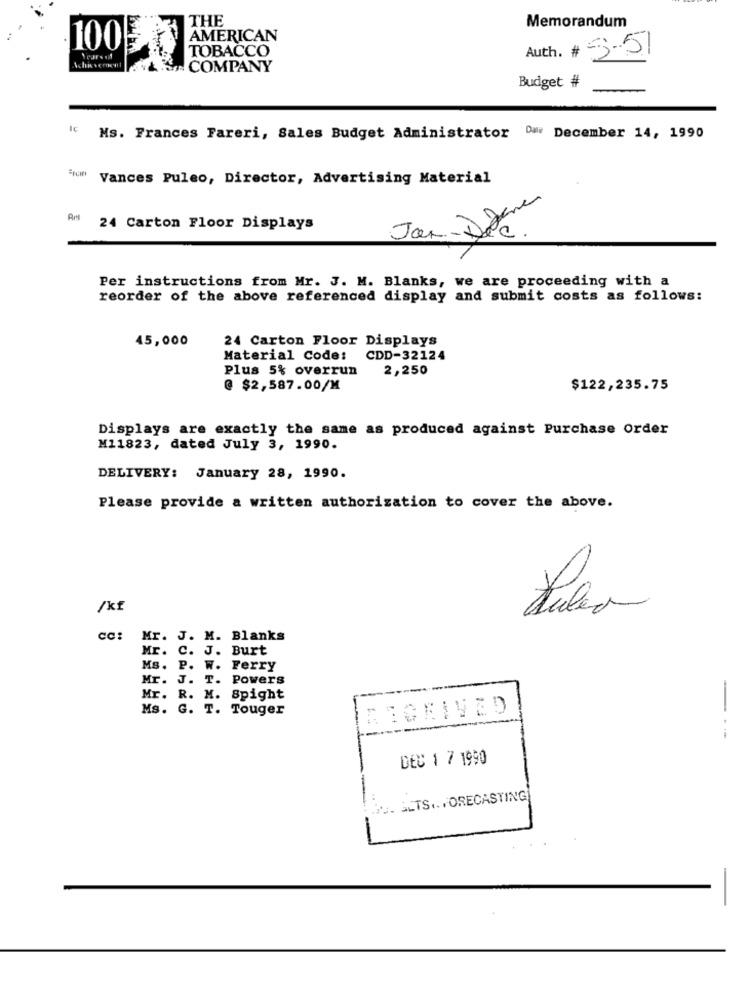
THE
Memorandum
AMERICAN
100
TOBACCO
Auth. # 3-51
COMPANY
Budget #
IC
Ms. Frances Fareri, Sales Budget Administrator Dar December 14, 1990
Vances Puleo, Director, Advertising Material
Art
24 Carton Floor Displays
Per instructions from Mr. J. M. Blanks, we are proceeding with a
reorder of the above referenced display and submit costs as follows:
45,000
24 Carton Floor Displays
Material Code:
CDD-32124
Plus 5% overrun
2,250
@ $2,587.00/M
$122,235.75
Displays are exactly the same as produced against Purchase Order
M11823, dated July 3, 1990.
DELIVERY: January 28, 1990.
Please provide a written authorization to cover the above.
/kf
CC:
Mr. J. M. Blanks
Mr. C. J. Burt
Ms. P. W. Ferry
Mr. J. T. Powers
Mr. R. M. Spight
Ms. G. T. Touger
CEIVED
---
DEC 1 7 1990
U. SLTS .. FORECASTING